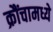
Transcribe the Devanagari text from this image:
क्रौंचामध्ये